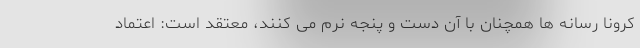
کرونا رسانه ها همچنان با آن دست و پنجه نرم می کنند، معتقد است: اعتماد